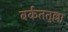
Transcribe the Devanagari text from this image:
बर्कततुल्ला